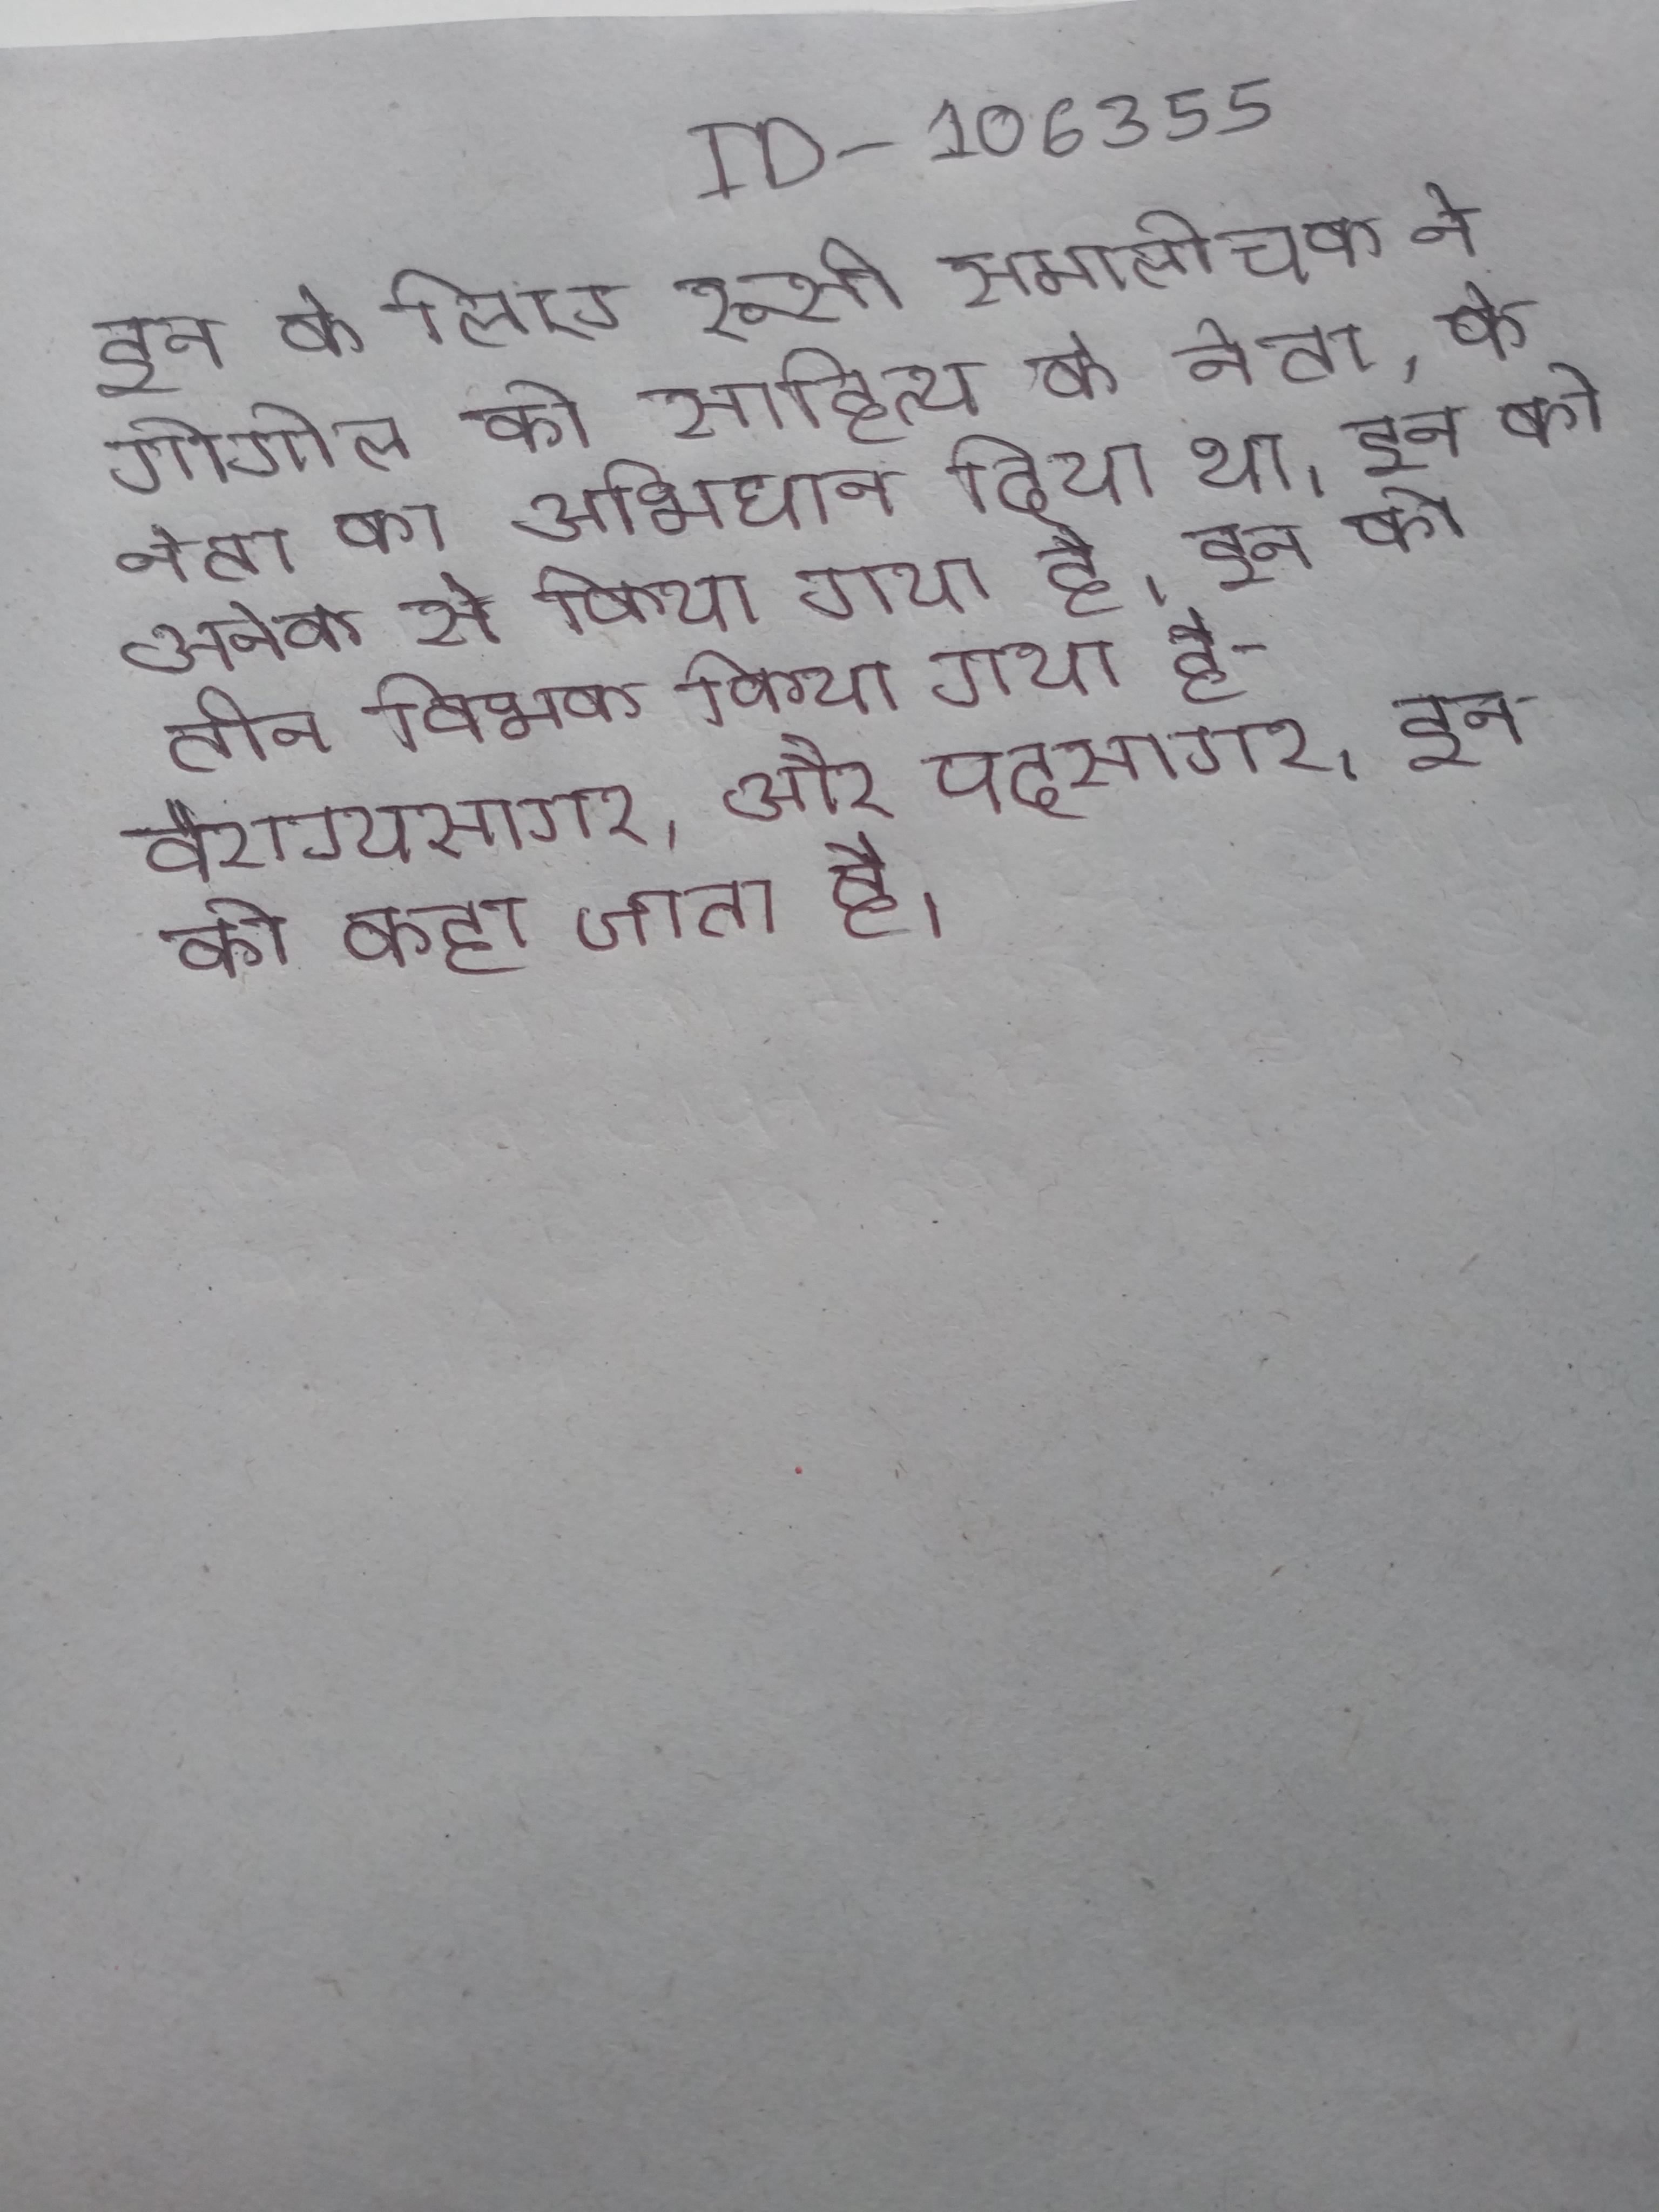
इन के लिए रूसी समालोचक ने गोगोल को साहित्य के नेता, के नेता का अभिधान दिया था । इन को अनेक से किया गया है । इन को तीन विभक्त किया गया है - वैराग्यसागर, और पदसागर । इन को कहा जाता है ।